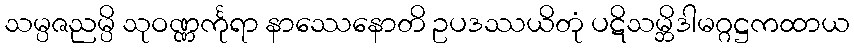
သမ္ပဇညမ္ပိ သုဝဏ္ဏင်္ကုရာ နာဿေနောတိ ဥပဒဿယိတုံ ပဋိသမ္ဘိဒါမဂ္ဂဋ္ဌကထာယ